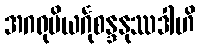
အဂရုပိယင်္ဂုစန္ဒနုဿဒါဟိ